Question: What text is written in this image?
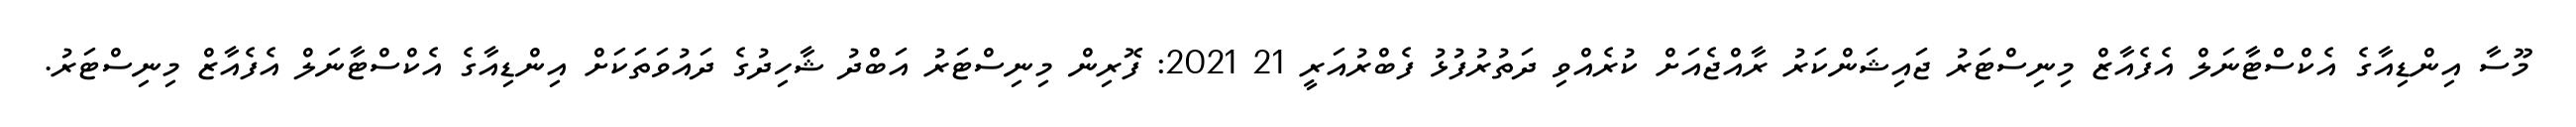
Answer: މޫސާ އިންޑިއާގެ އެކްސްޓާނަލް އެފެއާޒް މިނިސްޓަރު ޖައިޝަންކަރު ރާއްޖެއަށް ކުރެއްވި ދަތުރުފުޅު ފެބްރުއަރީ 21 2021: ފޮރިން މިނިސްޓަރު އަބްދު ޝާހިދުގެ ދައުވަތަކަށް އިންޑިއާގެ އެކްސްޓާނަލް އެފެއާޒް މިނިސްޓަރު.